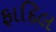
ફાદિલ